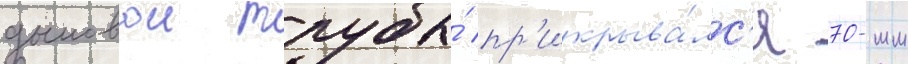
дымовои трубы́ пр'икрыва́лс'я 70-мм